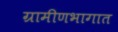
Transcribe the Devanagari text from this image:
ग्रामीणभागात